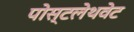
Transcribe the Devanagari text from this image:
पोस्टलेथवेट